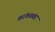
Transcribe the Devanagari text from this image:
वरंगळवर